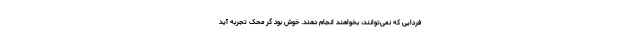
فردایی که نمی‌توانند، بخواهند انجام دهند. خوش بود گر محک تجربه آید